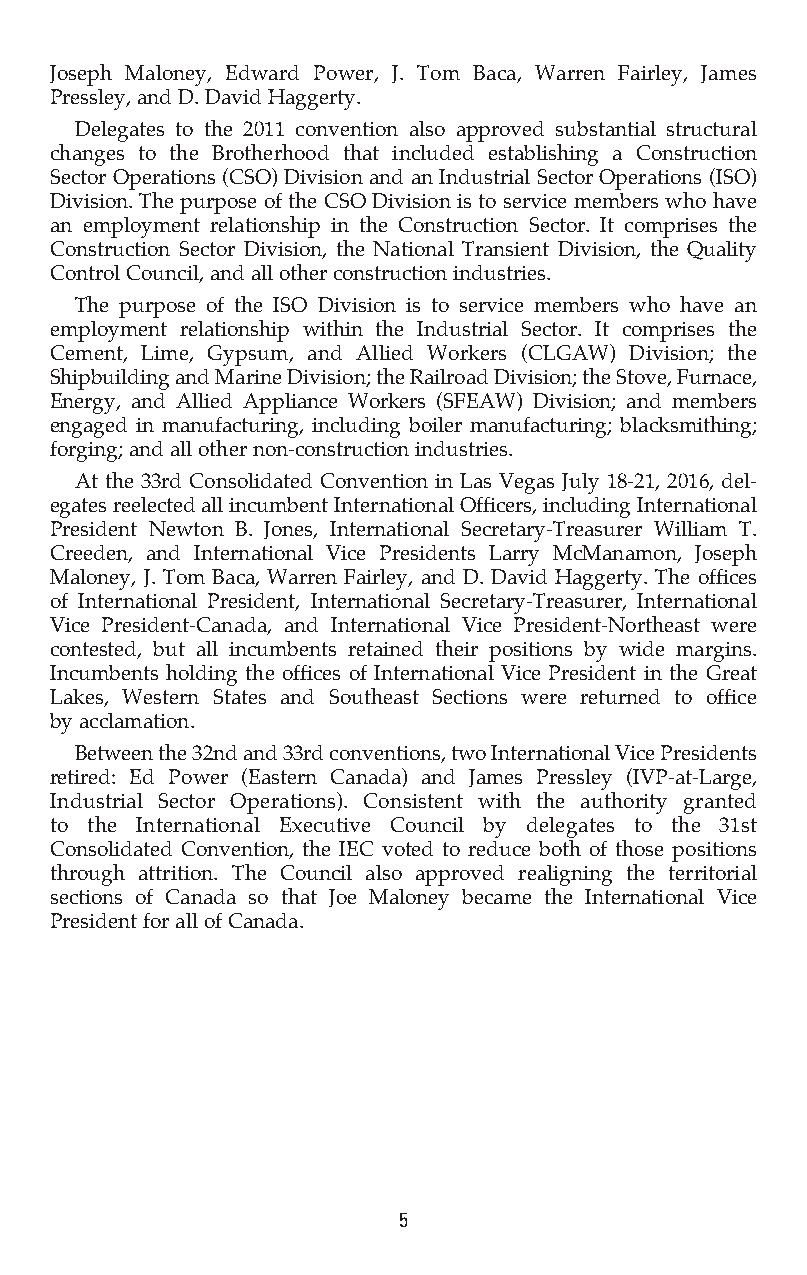
Joseph Maloney, Edward Power, J. Tom Baca, Warren Fairley, James
 Pressley, and D. David Haggerty.
 Delegates to the 2011 convention also approved substantial structural
 changes to the Brotherhood that included establishing a Construction
 Sector Operations (CSO) Division and an Industrial Sector Operations (ISO)
 Division. The purpose of the CSO Division is to service members who have
 an employment relationship in the Construction Sector. It comprises the
 Construction Sector Division, the National Transient Division, the Quality
 Control Council, and all other construction industries.
 The purpose of the ISO Division is to service members who have an
 employment relationship within the Industrial Sector. It comprises the
 Cement, Lime, Gypsum, and Allied Workers (CLGAW) Division; the
 Shipbuilding and Marine Division; the Railroad Division; the Stove, Furnace,
 Energy, and Allied Appliance Workers (SFEAW) Division; and members
 engaged in manufacturing, including boiler manufacturing; blacksmithing;
 forging; and all other non-construction industries.
 At the 33rd Consolidated Convention in Las Vegas July 18-21, 2016, del-
 egates reelected all incumbent International Officers, including International
 President Newton B. Jones, International Secretary-Treasurer William T.
 Creeden, and International Vice Presidents Larry McManamon, Joseph
 Maloney, J. Tom Baca, Warren Fairley, and D. David Haggerty. The offices
 of International President, International Secretary-Treasurer, International
 Vice President-Canada, and International Vice President-Northeast were
 contested, but all incumbents retained their positions by wide margins.
 Incumbents holding the offices of International Vice President in the Great
 Lakes, Western States and Southeast Sections were returned to office
 by acclamation.
 Between the 32nd and 33rd conventions, two International Vice Presidents
 retired: Ed Power (Eastern Canada) and James Pressley (IVP-at-Large,
 Industrial Sector Operations). Consistent with the authority granted
 to the International Executive Council by delegates to the 31st
 Consolidated Convention, the IEC voted to reduce both of those positions
 through attrition. The Council also approved realigning the territorial
 sections of Canada so that Joe Maloney became the International Vice
 President for all of Canada.
 5